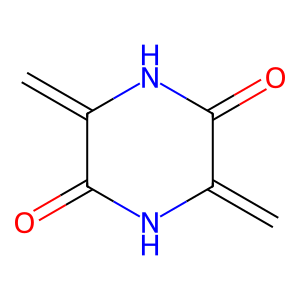
SMILES: C=c1[nH]c(=O)c(=C)[nH]c1=O
Inhibits HIV replication: No